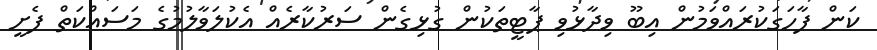
ކަން ފާހަގަކުރައްވަމުން އިބޫ ވިދާޅުވި ޕާޓީތަކުން ގުޅިގެން ސަރުކާރެއް އެކުލަވާލުމުގެ މަސައްކަތް ފެށީ